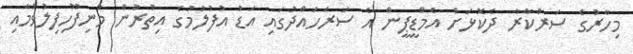
މިހާރުގެ ސަރުކާރާ ދެކޮޅަށް އެމްޑީޕީން އެ ސަރަހައްދުގައި އަޑު އުފުލުމުގެ އިތުރުން މުނިފޫހިފިލުވުމާއި